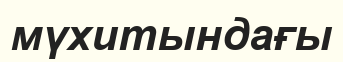
мүхитындағы